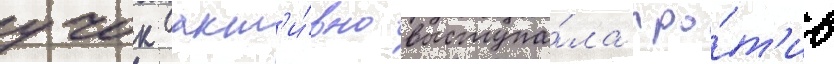
учок акт'и́вно выступа́ла про́т'ив